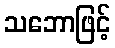
သဘောဖြင့်